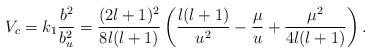
LaTeX: \begin{align*}V_c = k _1 \frac{b^2}{b_u^2} = \frac{(2l+1)^2}{8l(l+1)} \left( \frac{l(l+1)}{u^2} - \frac{\mu}{u} + \frac{\mu^2}{4 l (l+1)} \right). \end{align*}